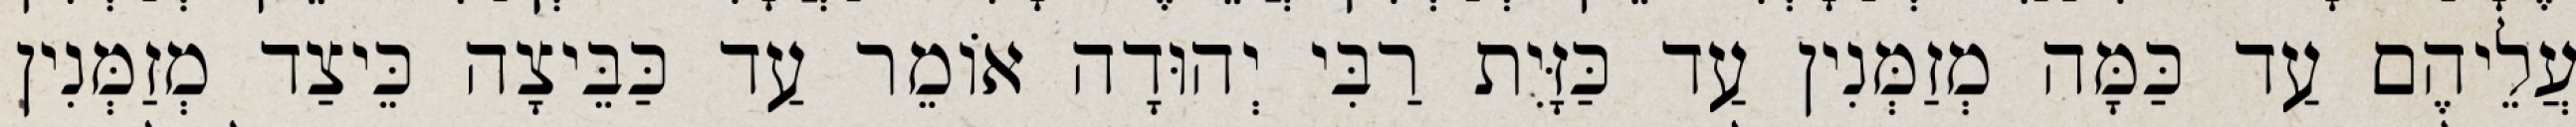
עֲלֵיהֶם עַד כַּמָּה מְזַמְּנִין עַד כַּזָּיִת רַבִּי יְהוּדָה אוֹמֵר עַד כַּבֵּיצָה כֵּיצַד מְזַמְּנִין